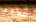
علاجها